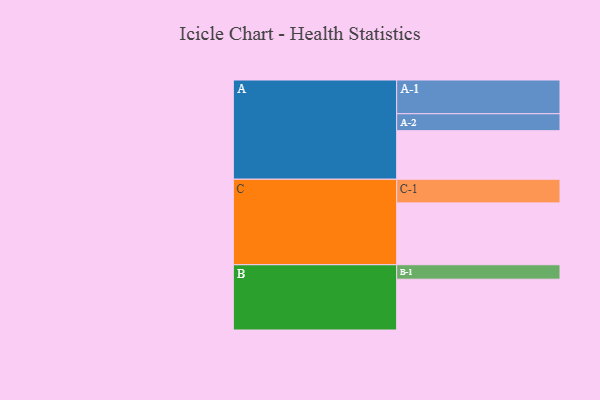
{"axis": {"x": "Segment", "y": "Value"}, "legend": ["", "A", "B", "C"], "data": [{"x": "A", "y": 413, "type": ""}, {"x": "B", "y": 432, "type": ""}, {"x": "C", "y": 526, "type": ""}, {"x": "A-1", "y": 287, "type": "A"}, {"x": "A-2", "y": 144, "type": "A"}, {"x": "B-1", "y": 123, "type": "B"}, {"x": "C-1", "y": 201, "type": "C"}]}